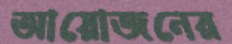
আয়োজনের